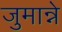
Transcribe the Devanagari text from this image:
जुमान्ने